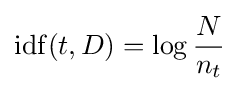
\mathrm {idf} (t,D)=\log {\frac {N}{n_{t}}}